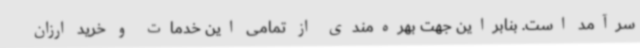
سرآمد است. بنابراین جهت بهره‌مندی از تمامی این خدمات و خرید ارزان